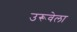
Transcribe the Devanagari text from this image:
उरूवेला